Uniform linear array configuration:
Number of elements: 48
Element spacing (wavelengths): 0.75
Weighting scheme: kaiser
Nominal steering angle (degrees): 15
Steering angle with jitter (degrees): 14.714
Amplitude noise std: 0.05
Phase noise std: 0.05

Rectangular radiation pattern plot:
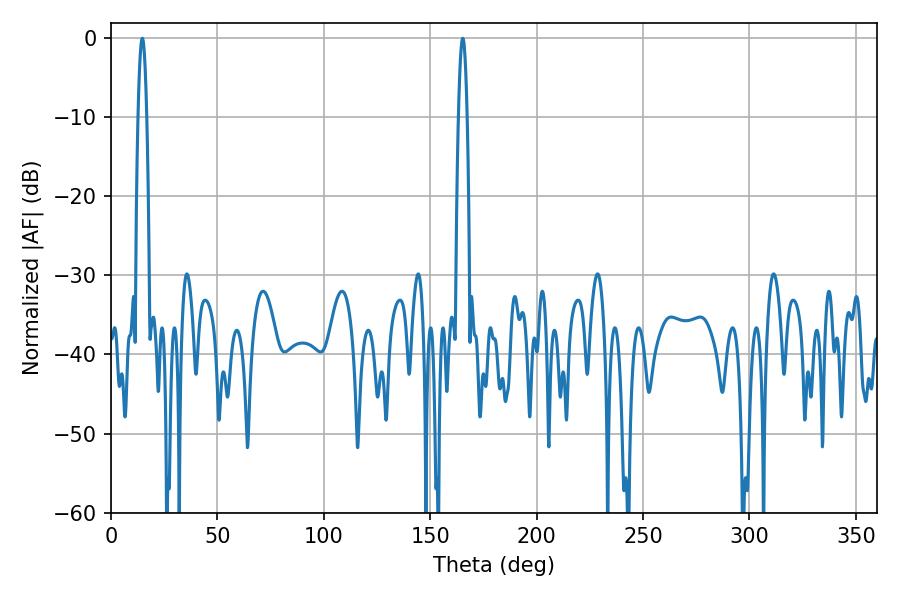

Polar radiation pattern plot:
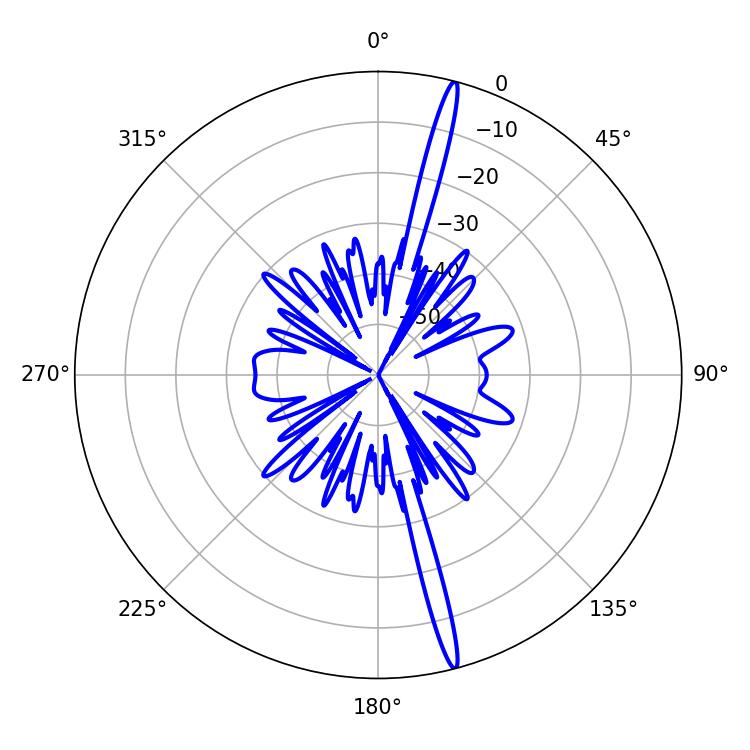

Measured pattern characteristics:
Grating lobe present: TRUE
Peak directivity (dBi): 19.614
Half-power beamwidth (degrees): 2.16
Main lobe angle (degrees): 14.76